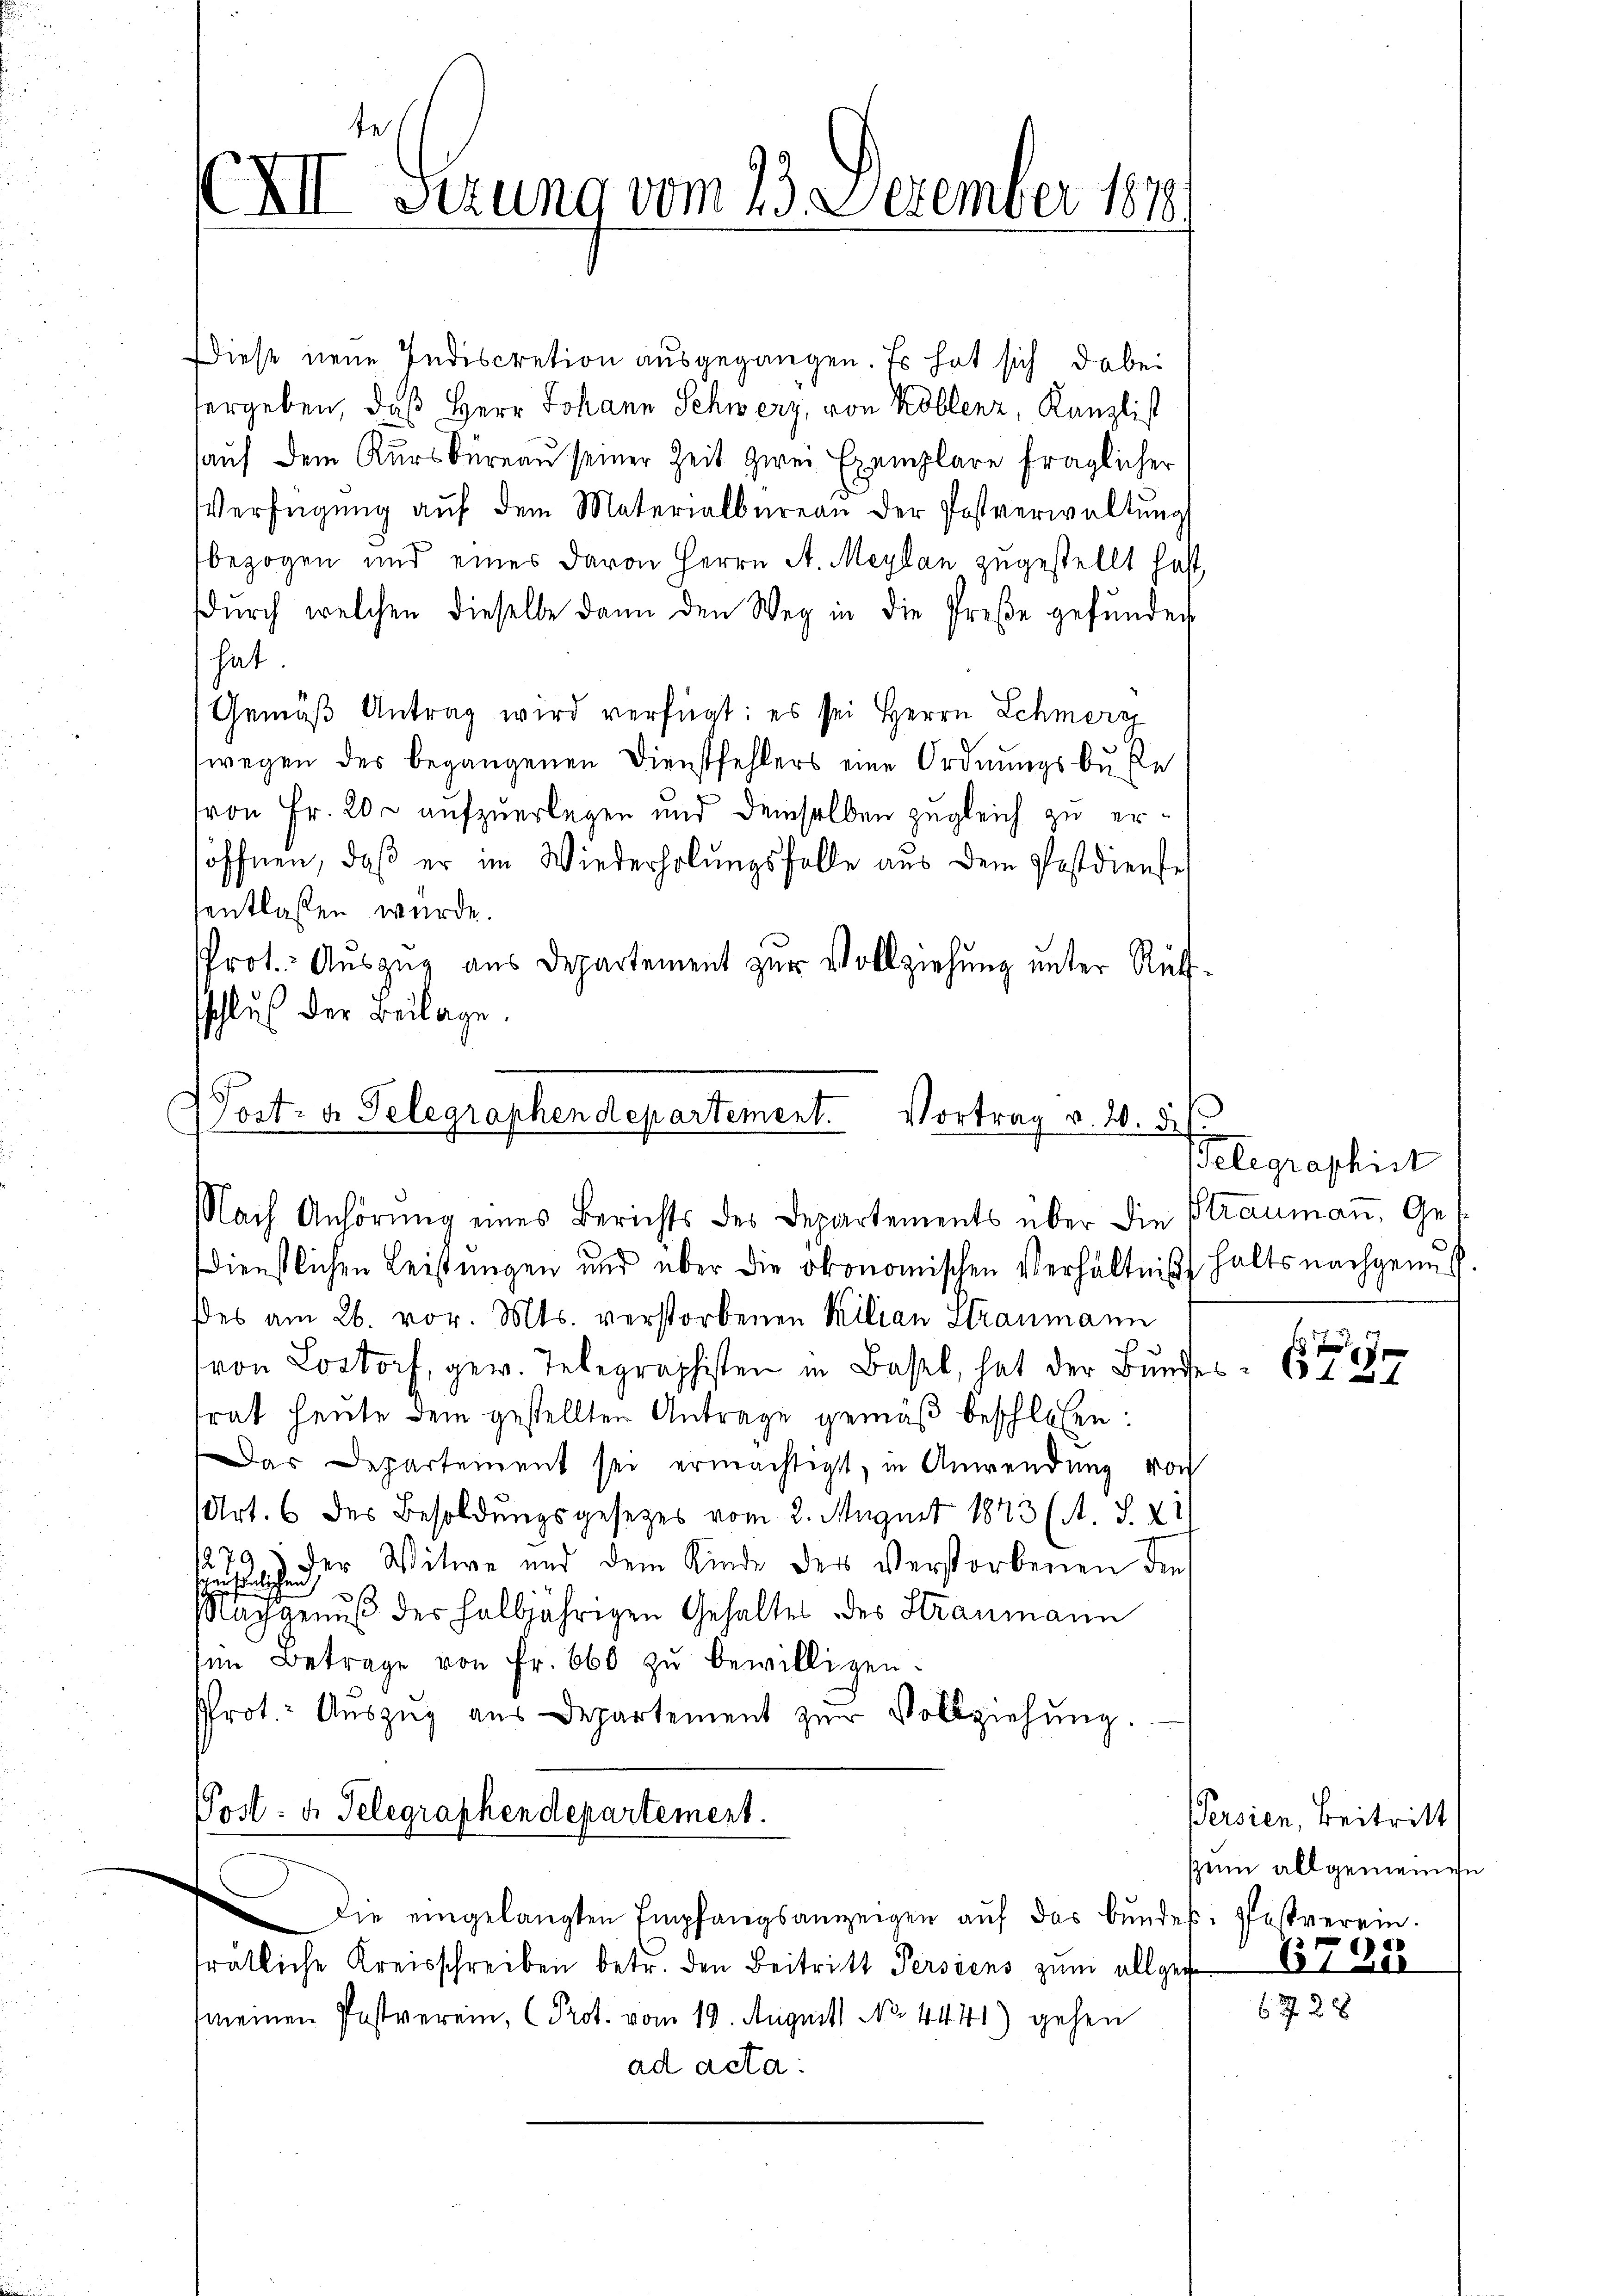
XII Gerung vom 23. Dezember 1818.

Diese neue Indiscretion ausgegangen. Es hat sich dabei
hergeben, daß Herr Johann Schwerz, von Kollenz, Kanzlist
auf dem Kursbüreau seiner Zeit zwei Exemplare fraglicher
Verfügŭng aŭf dem Materialbüreau der Postverwaltung
bezogen und eines davon Herrn A. Maylan zugestellt hast,
dŭrch welchen dieselbe dann den Weg in die Preße gefŭnden
hat.
Gemäβ Antrag wird verfügt: es sei Herrn Schmerz
wegen des begangenen Dienstfehlers eine Ordnungsbuße
von Fr. 200 aufzuerlegen und demselben zugleich zu ersöffnen, daß er im Wiederholungsfalle aus dem Postdienste
entlassen wurde.
Prot. Auszug aus Departement zur Vollziehung unter Rüksschluß der Beilage.
Gost: a Telegraphendepartement. Vortrag v. 20. d.

Nach Anhörung eines Berichts des Departements über die Straumaṅ, Ge¬

dienstlichen Leistungen und über die ökonomischen Verhältniß halts nachgenus
des am 26. vor. Mts. verstorbenen Milian Straumann
(von Lostorf, gew. Telegraphisten in Basel, hat der Bŭndes-
trat heute dem gestellten Antrage gemäß beschlossen:
as Departement sei ermächtigt, in Anwendung von
Art. 6 des Besoldungsgesetzes vom 2. August 1843 (s. S. 211
 der Witwe und dem Kinde der Verstorbenen die
Nachgenuß der halbjährigen Gehaltes des Straumann
sen Betrage von Fr. 660 zŭ bewilligen.
Prot. Auszug aus Departement zur Vollziehung.
Post- u. Telegraphendepartement.
Die eingelangten Empfangsanzeigen aŭf das bundes. Pestverein.
e
ratliche Kreisschreiben betr. den Beitritt Persiens zum allgegen 7 288
meinen Postverein, Prot. vom 19. Augustt No. 4441) gehen
ad acta:

Telegraphist

xxx
13 f 0 x

Persien, Beitritt
sum allgemeinen

6 f 28